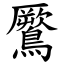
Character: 鷢